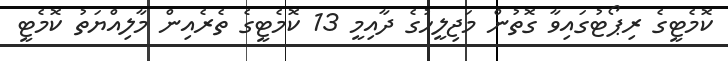
ކޮމެޓީގެ ރިޕޯޓުގައިވާ ގޮތުން މަޖިލީހުގެ ދާއިމީ 13 ކޮމެޓީގެ ތެރެއިން މާލިއްޔަތު ކޮމެޓީ